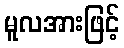
မူလအားဖြင့်